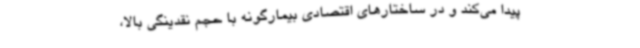
پیدا می‌کند و در ساختارهای اقتصادی بیمارگونه با حجم نقدینگی بالا،